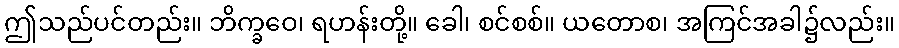
ဤသည်ပင်တည်း။ ဘိက္ခဝေ၊ ရဟန်းတို့။ ခေါ၊ စင်စစ်။ ယတောစ၊ အကြင်အခါ၌လည်း။